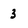
Character: 3